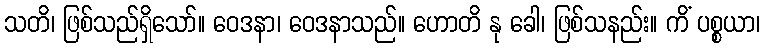
သတိ၊ ဖြစ်သည်ရှိသော်။ ဝေဒနာ၊ ဝေဒနာသည်။ ဟောတိ နု ခေါ၊ ဖြစ်သနည်း။ ကိံ ပစ္စယာ၊